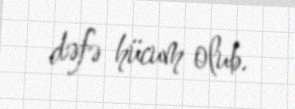
dəfə hücum olub.